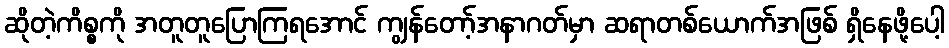
ဆိုတဲ့ကိစ္စကို အတူတူပြောကြရအောင် ကျွန်တော့်အနာဂတ်မှာ ဆရာတစ်ယောက်အဖြစ် ရှိနေဖို့ပေါ့